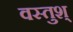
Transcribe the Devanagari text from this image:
वस्तुश्